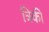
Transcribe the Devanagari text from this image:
त्रिकी